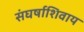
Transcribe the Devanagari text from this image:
संघर्षाशिवाय